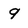
Character: 9